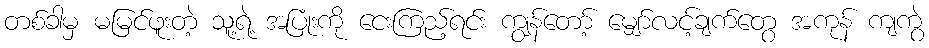
တစ်ခါမှ မမြင်ဖူးတဲ့ သူ့ရဲ့ အပြုံးကို ငေးကြည့်ရင်း ကျွန်တော့် မျှော်လင့်ချက်တွေ အကုန် ကျကွဲ